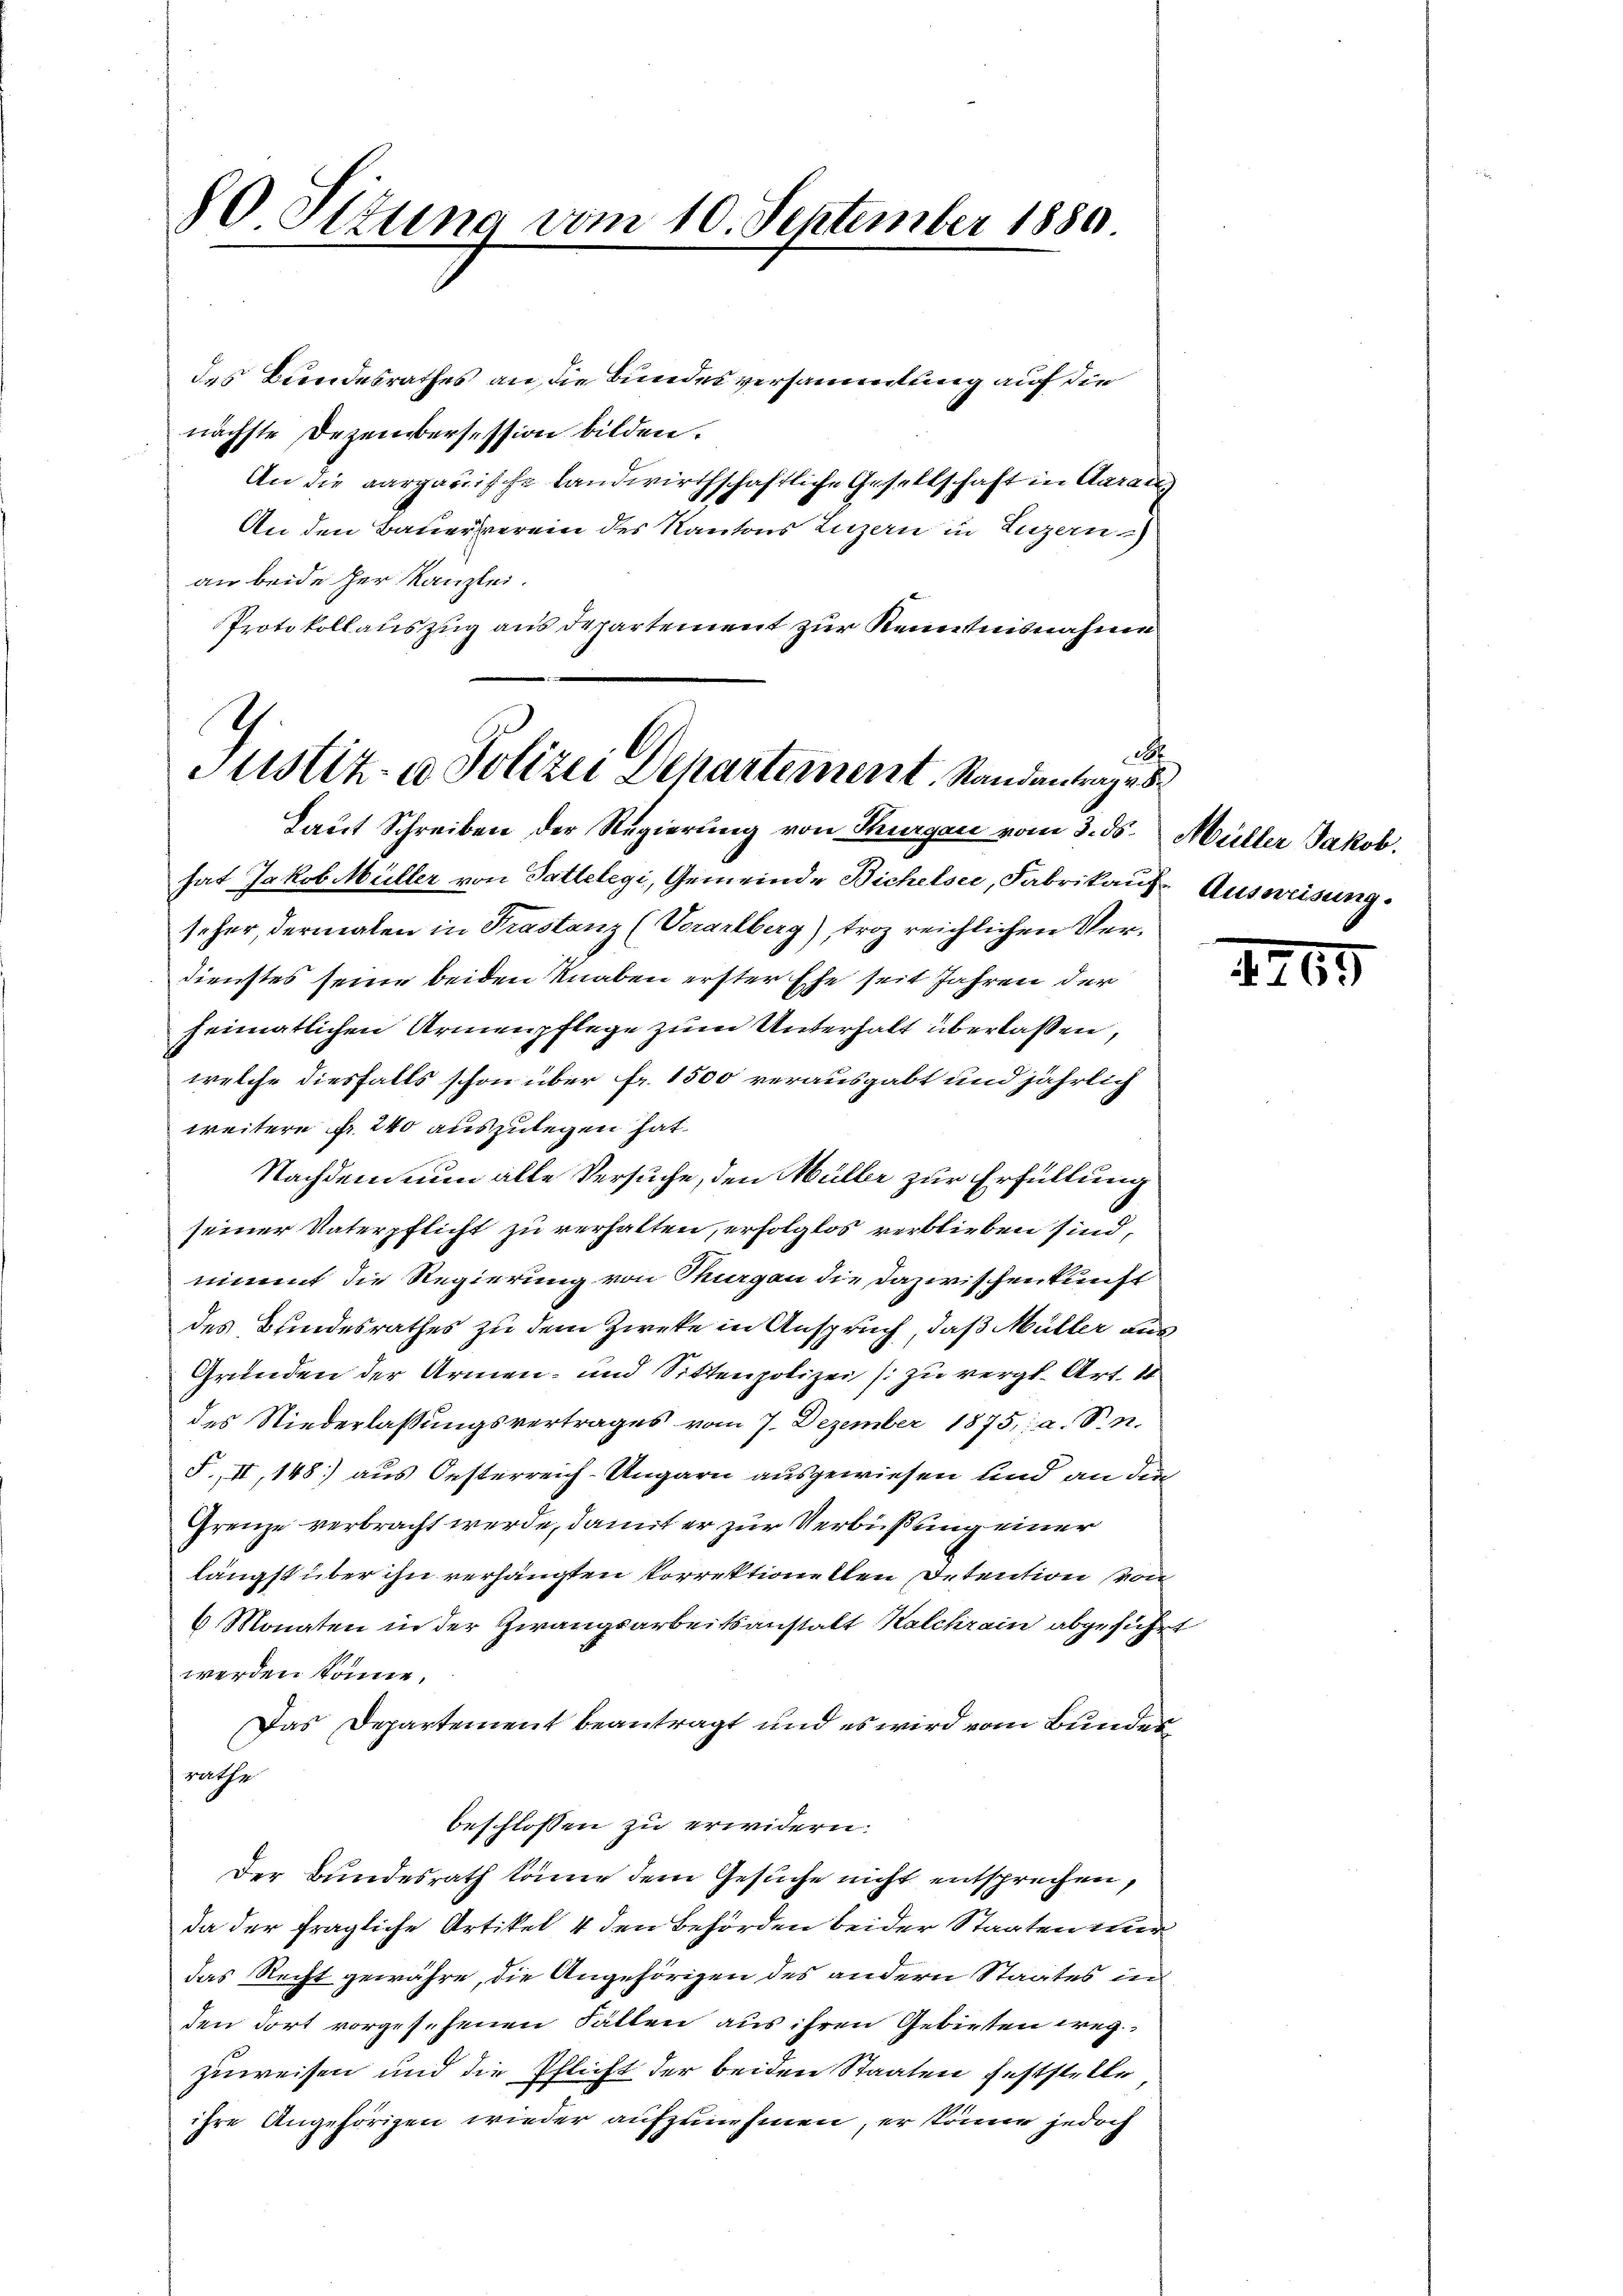
90 Sitzung vom 10. September 1880

G
Justiz- & Polizei Dehartement. Standentrages

des Bundesrathes an die Bundesversammlung auf die
nächste Dezembersession bilden.
An die aargauische Landwirthschaftliche Gesellschaft in Aaraus
An den Bauerverein des Kantons Luzern in Luzern)
an beide her Kanzlei.
Protokollauszug aus departement zur Kenntnisnahme
Laut Schreiben der Regierung von Thurgau vom 3. ds.
hat Jakob Müller von Tattelegi, Gemeinde Bichelsee, Fabrikauf Ausweisung.
seher, dermalen in Prastanz (Vorarlberg), troz reichlichen Verdienstes seine beiden Knaben erster Ehe seit Jahren der
heimatlichen Armenpflege zum Unterhalt überlassen,
welche diesfalls schon über Fr. 1500 verausgabt und jährlich
weitere u. 240 auszulegen hat.
Nachdem nun alle Versuche, den Müller zur Erfüllung
seiner Vaterpflicht zu verhalten, erfolglos verblieben sind,
nimmt die Regierung von Magen die Dazwischenkunft
des Bundesrathes zu dem Zwecke in Anspruch, daß Müller aus
Gründen der Armen- und Sittenpolizei (zu vergl. Art. 1
des Niederlassungsvertrages vom 7. Dezember 1875,: a. S. n.
F. II, 148) aus Oesterreich-Ungarn ausgewiesen und an der
Grenze verbracht werde, damit er zur Verbüßung einer
längst über ihn verhängten Vorrektionellen Detention von
6 Monaten in der Zwangsarbeitsanstalt Kalchrain abgeführ
werden könne.
Das Departement beantragt und es wird vom Bundeszuthe
beschlossen zu erwidern.
Der Bundesrath könne dem Gesuche nicht entsprechen,
da der fragliche Artikel 4 den Behörden beider Staaten wer
das Recht gewähre, die Angehörigen des andern Staates in
den dort vorgesehenen Fällen aus ihren Gebieten weg
zuweisen und die Pflicht der beiden Staaten feststelle
ihre Angehörigen wieder aufzunehmen, er könne jedoch

A
Müller Jakob.

1265